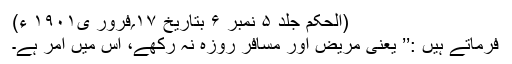
(الحکم جلد ۵ نمبر ۶ بتاریخ ۱۷؍فرور ی۱۹۰۱ ء)
فرماتے ہیں :’’ یعنی مریض اور مسافر روزہ نہ رکھے، اس میں اَمَر ہے۔